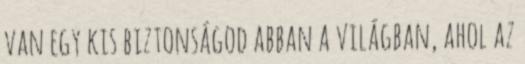
van egy kis biztonságod abban a világban, ahol az